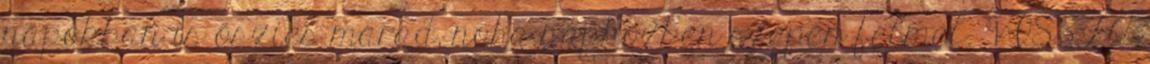
napokban is őszies marad, noha napközben szépen felmel. VISSZA